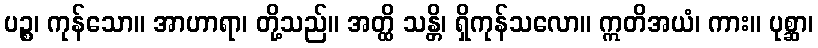
ပဉ္စ၊ ကုန်သော။ အာဟာရာ၊ တို့သည်။ အတ္ထိ သန္တိ၊ ရှိကုန်သလော။ ဣတိအယံ၊ ကား။ ပုစ္ဆာ၊